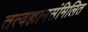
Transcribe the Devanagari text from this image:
तत्वज्ञानसंमिलित